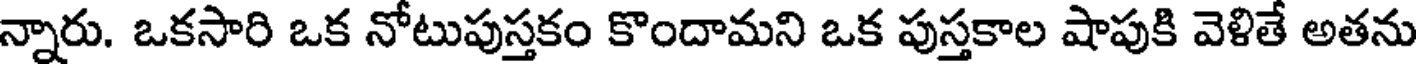
న్నారు. ఒకసారి ఒక నోటుపుస్తకం కొందామని ఒక పుస్తకాల షాపుకి వెళితే అతను